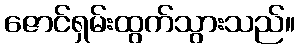
ဇောင်ရှမ်းထွက်သွားသည်။